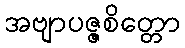
အဗျာပဇ္ဇစိတ္တော